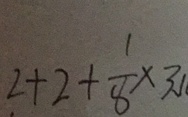
2 + 2 + \frac { 1 } { 8 } \times 3 J